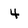
Character: 4